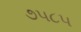
૭૫૮૫